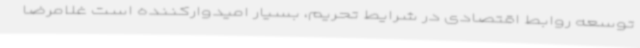
توسعه روابط اقتصادی در شرایط تحریم، بسیار امیدوارکننده است غلامرضا